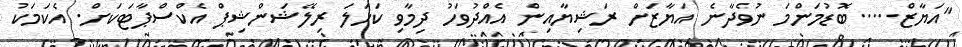
"އަޔާޒް.....ބޮޑުމަންމަ ނުވެދާނެ އަޔާޒަށް ރަޝިޔާއިން އެއްދުވަހު ދިމާވި ކަހަލަ ރިލޭޝަންޝިޕް އެކްސްޕާޓަކަށް. އެކަމަކު